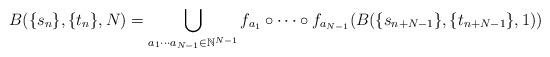
LaTeX: \begin{align*}B(\{s_n\}, \{t_n\}, N)=\bigcup_{a_1\cdots a_{N-1}\in \mathbb{N}^{N-1}} f_{a_1}\circ \cdots \circ f_{a_{N-1}} (B(\{s_{n+N-1}\}, \{t_{n+N-1}\}, 1))\end{align*}